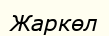
Жаркөл